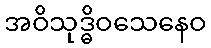
အဝိသုဒ္ဓိဝသေနေဝ